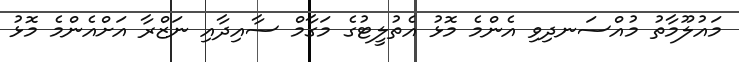
މައުލޫމާތު މުއްސަނދިވި އެންމެ މޮޅު އެތުލީޓުގެ މަގާމް ސާއިދާއި ނަޒްރާ އަށްއެންމެ މޮޅު